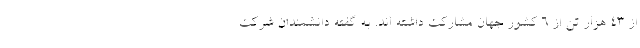
از ۴۳ هزار تن از ۶ کشور جهان مشارکت داشته اند. به گفته دانشمندان شرکت